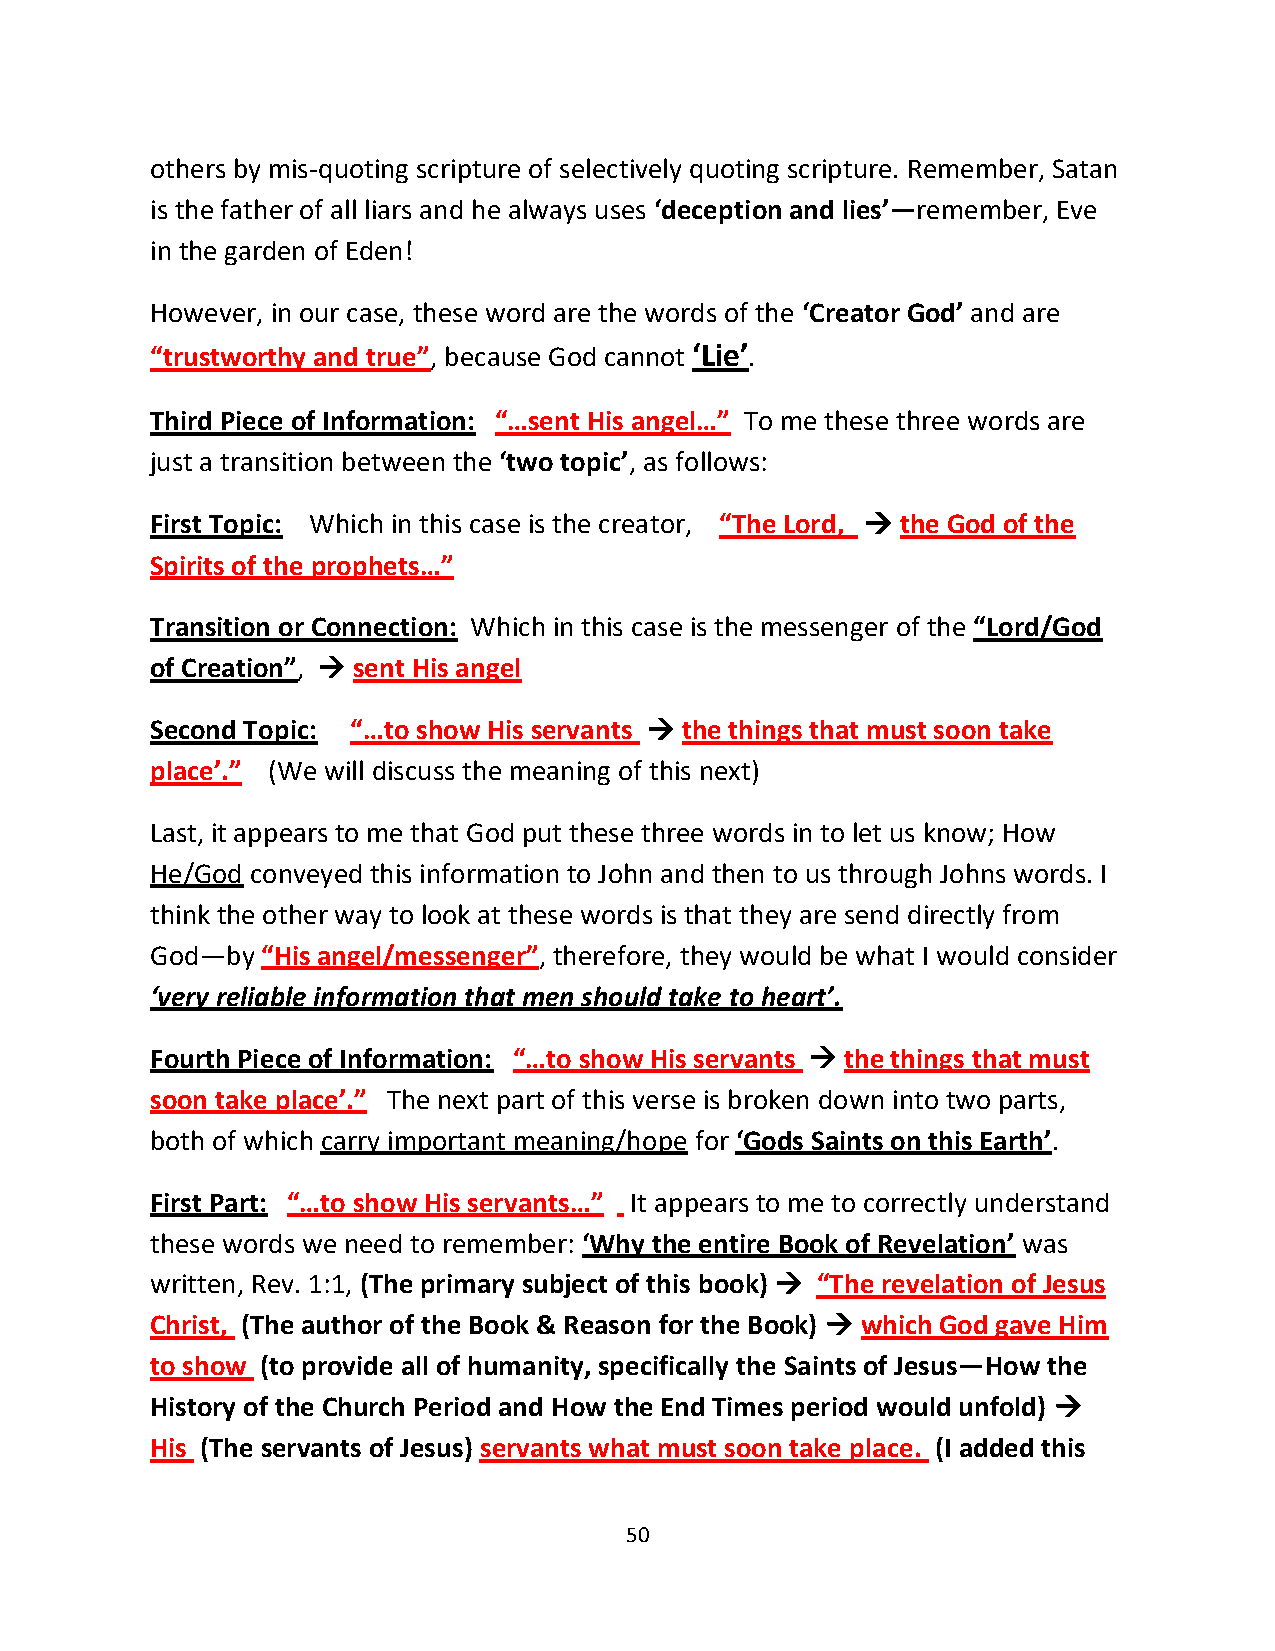
others by mis-quoting scripture of selectively quoting scripture. Remember, Satan
 is the father of all liars and he always uses ‘deception and lies’—remember, Eve
 in the garden of Eden!
 However, in our case, these word are the words of the ‘Creator God’ and are
 “trustworthy and true”, because God cannot ‘Lie’.
 Third Piece of Information: “…sent His angel…” To me these three words are
 just a transition between the ‘two topic’, as follows:
 First Topic: Which in this case is the creator, “The Lord, → the God of the
 Spirits of the prophets…”
 Transition or Connection: Which in this case is the messenger of the “Lord/God
 of Creation”, → sent His angel
 Second Topic: “…to show His servants → the things that must soon take
 place’.” (We will discuss the meaning of this next)
 Last, it appears to me that God put these three words in to let us know; How
 He/God conveyed this information to John and then to us through Johns words. I
 think the other way to look at these words is that they are send directly from
 God—by “His angel/messenger”, therefore, they would be what I would consider
 ‘very reliable information that men should take to heart’.
 Fourth Piece of Information: “…to show His servants → the things that must
 soon take place’.” The next part of this verse is broken down into two parts,
 both of which carry important meaning/hope for ‘Gods Saints on this Earth’.
 First Part: “…to show His servants…” It appears to me to correctly understand
 these words we need to remember: ‘Why the entire Book of Revelation’ was
 written, Rev. 1:1, (The primary subject of this book) → “The revelation of Jesus
 Christ, (The author of the Book & Reason for the Book) → which God gave Him
 to show (to provide all of humanity, specifically the Saints of Jesus—How the
 History of the Church Period and How the End Times period would unfold) →
 His (The servants of Jesus) servants what must soon take place. (I added this
 50